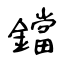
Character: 鐺